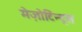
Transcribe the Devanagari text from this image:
मेज़ोटिन्ट्स